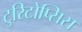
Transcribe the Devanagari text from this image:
टुरिटोप्सिस